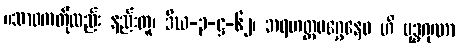
။သာဝကတိုလည်း နည်းတူ၊ ဒီဃ-၃-ဋ္ဌ-၆၂၊ အရဟတ္တမဂ္ဂေနေဝ ဟိ ဗုဒ္ဓဂုဏာ